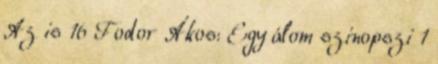
Az is 16 Fodor Ákos: Egy álom szinopszi 1